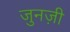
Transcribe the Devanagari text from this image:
जुनज़ी